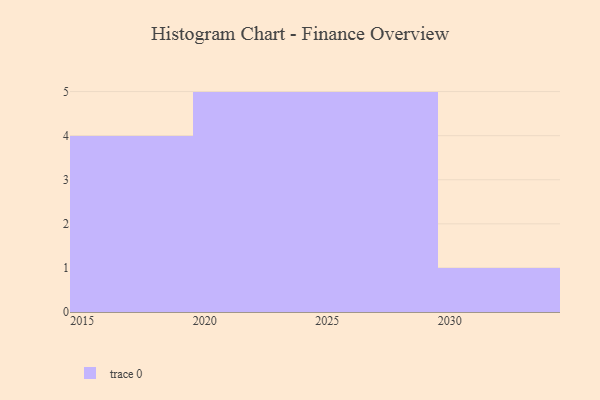
{"axis": {"x": "Year", "y": "Conversion Rate (%)"}, "legend": [""], "data": [{"x": "2030", "y": 94, "type": ""}, {"x": "2022", "y": 11, "type": ""}, {"x": "2017", "y": 8, "type": ""}, {"x": "2023", "y": 73, "type": ""}, {"x": "2016", "y": 34, "type": ""}, {"x": "2026", "y": 53, "type": ""}, {"x": "2028", "y": 62, "type": ""}, {"x": "2025", "y": 36, "type": ""}, {"x": "2020", "y": 73, "type": ""}, {"x": "2015", "y": 18, "type": ""}, {"x": "2019", "y": 80, "type": ""}, {"x": "2029", "y": 44, "type": ""}, {"x": "2024", "y": 73, "type": ""}, {"x": "2021", "y": 24, "type": ""}, {"x": "2027", "y": 58, "type": ""}]}